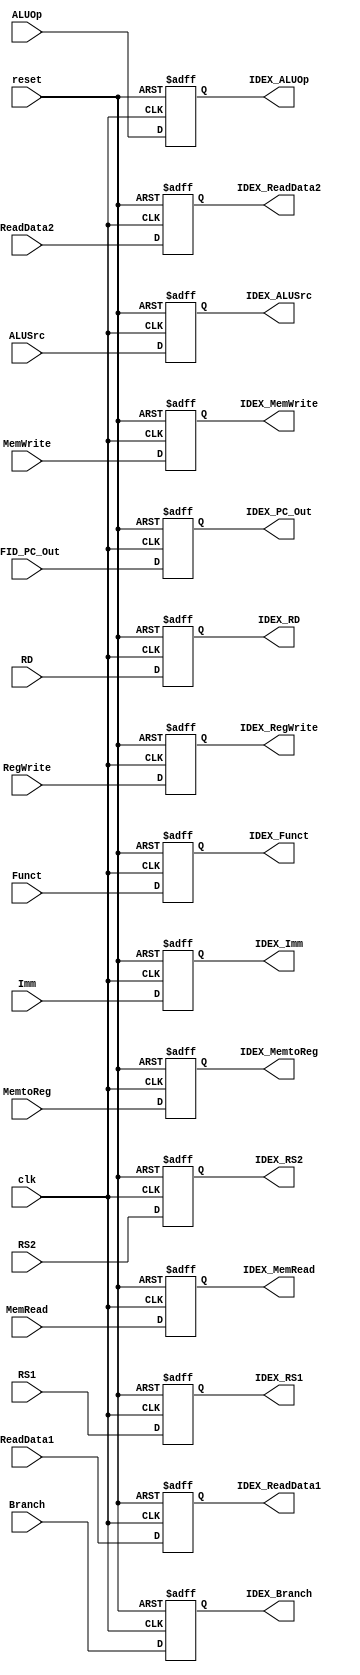
`timescale 1ns / 1ps
//////////////////////////////////////////////////////////////////////////////////
// Company: 
// Engineer: 
// 
// Design Name: 
// Module Name: ID_EX
// Project Name: 
// Target Devices: 
// Tool Versions: 
// Description: 
// 
// Dependencies: 
// 
// Revision:
// Revision 0.01 - File Created
// Additional Comments:
// 
//////////////////////////////////////////////////////////////////////////////////


module ID_EX(
    input clk, reset,
    input Branch, MemRead, MemWrite, MemtoReg, RegWrite, ALUSrc,
    input [1:0] ALUOp,
    input [3:0] Funct,
    input [4:0] RS1, RS2, RD,
    input [63:0] IFID_PC_Out, ReadData1, ReadData2, Imm,
    output reg IDEX_Branch, IDEX_MemRead, IDEX_MemWrite, IDEX_MemtoReg, IDEX_RegWrite, IDEX_ALUSrc,
    output reg [1:0] IDEX_ALUOp,
    output reg [3:0] IDEX_Funct,
    output reg [4:0] IDEX_RS1, IDEX_RS2, IDEX_RD,
    output reg [63:0] IDEX_PC_Out, IDEX_ReadData1, IDEX_ReadData2, IDEX_Imm
    );
always @(posedge clk or posedge reset) begin
    if (reset == 1'b1) begin
        IDEX_Branch = 0; IDEX_MemRead = 0; IDEX_MemWrite = 0;
        IDEX_MemtoReg = 0; IDEX_RegWrite = 0; IDEX_ALUSrc = 0;
        IDEX_ALUOp = 0; IDEX_Funct = 0; 
        IDEX_RS1 = 0; IDEX_RS2 = 0; IDEX_RD = 0;
        IDEX_PC_Out = 0; IDEX_ReadData1 = 0; IDEX_ReadData2 = 0; IDEX_Imm = 0;
    end
    else begin
        IDEX_Branch = Branch; IDEX_MemRead = MemRead; IDEX_MemWrite = MemWrite;
        IDEX_MemtoReg = MemtoReg; IDEX_RegWrite = RegWrite; IDEX_ALUSrc = ALUSrc;
        IDEX_ALUOp = ALUOp; IDEX_Funct = Funct; 
        IDEX_RS1 = RS1; IDEX_RS2 = RS2; IDEX_RD = RD;
        IDEX_PC_Out = IFID_PC_Out; IDEX_ReadData1 = ReadData1; IDEX_ReadData2 = ReadData2; IDEX_Imm = Imm;    
    end 
end
endmodule